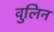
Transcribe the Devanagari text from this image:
वुलिन